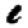
Digit: 1